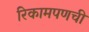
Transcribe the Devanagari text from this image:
रिकामपणची